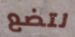
لتضع